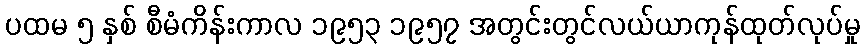
ပထမ ၅ နှစ် စီမံကိန်းကာလ ၁၉၅၃ ၁၉၅၇ အတွင်းတွင်လယ်ယာကုန်ထုတ်လုပ်မှု